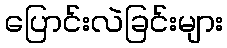
ပြောင်းလဲခြင်းများ